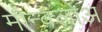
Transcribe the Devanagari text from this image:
मोन्क्लोअ